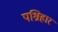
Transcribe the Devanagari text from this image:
पश्रिहार